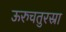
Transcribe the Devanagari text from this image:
ऊरुचतुरस्रा